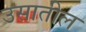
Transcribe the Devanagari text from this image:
उसातील